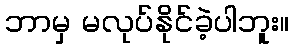
ဘာမှ မလုပ်နိုင်ခဲ့ပါဘူး။